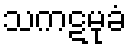
သကဋမုခံ